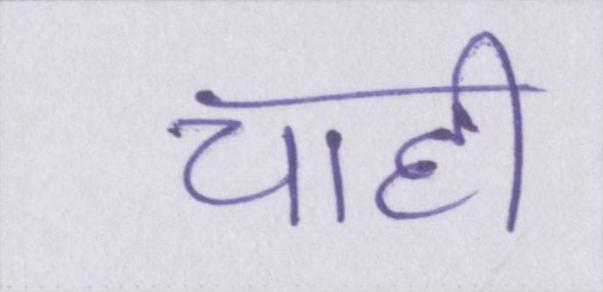
चाही